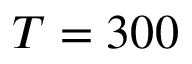
T = 3 0 0